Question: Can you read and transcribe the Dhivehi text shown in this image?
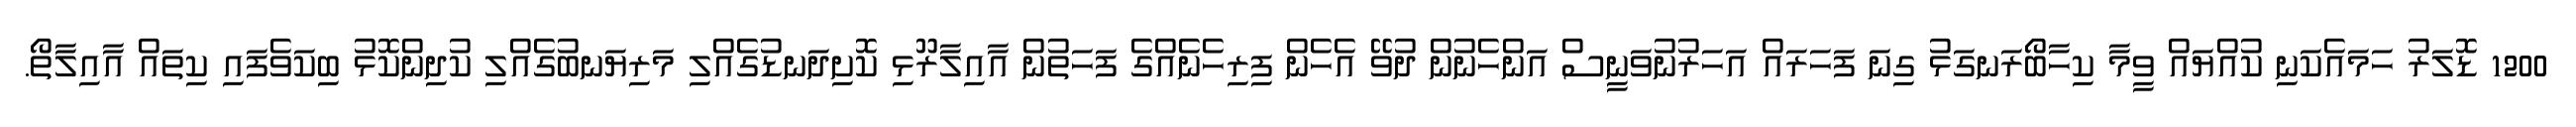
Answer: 1200 ޑޮލަރު ހަމައެކަނި ކުއްޔައް ވީމާ ކިހާބޯރަނގަޅު ގިނަ ފަހަރައް އަހަރުނުވަނީސް އަންހެނުން ދުވޭ އެހެން ފިރިހެނެއްގެ ފަހަތުން އާއިލާރޫޅި ކޮށިދަނޑުގެއްލި މަރިޔަނބުގެއްލި ކުދިންކޮޅު ބިކަވެފައި ކިތައް އާއިލާތޯ.